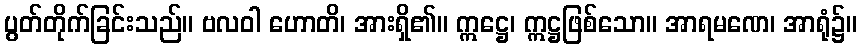
ပွတ်တိုက်ခြင်းသည်။ ဗလဝါ ဟောတိ၊ အားရှိ၏။ ဣဋ္ဌေ၊ ဣဋ္ဌဖြစ်သော။ အာရမဏေ၊ အာရုံ၌။